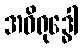
အဝိရုဒ္ဓေါ